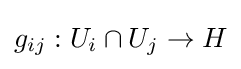
g_{ij}:U_{i}\cap U_{j}\rightarrow H